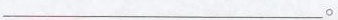
___。